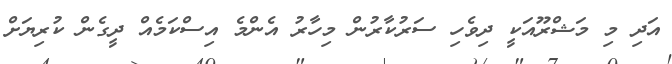
އަދި މި މަޝްރޫއަކީ ދިވެހި ސަރުކާރުން މިހާރު އެންމެ އިސްކަމެއް ދީގެން ކުރިޔަށް